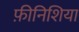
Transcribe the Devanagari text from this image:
फ़ीनिशिया